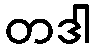
တဒါ